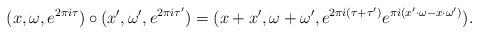
LaTeX: \begin{align*}(x,\omega,e^{2\pi i \tau}) \circ (x',\omega', e^{2 \pi i \tau'}) = (x+x', \omega+\omega', e^{2 \pi i (\tau+\tau')}e^{\pi i(x' \cdot \omega - x \cdot \omega')}) .\end{align*}